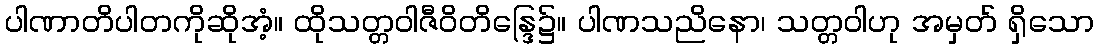
ပါဏာတိပါတကိုဆိုအံ့။ ထိုသတ္တဝါဇီဝိတိန္ဒြေ၌။ ပါဏသညိနော၊ သတ္တဝါဟု အမှတ် ရှိသော